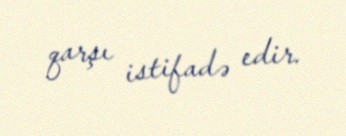
qarşı istifadə edir.